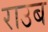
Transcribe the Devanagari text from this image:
राउब